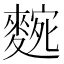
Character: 𮭼